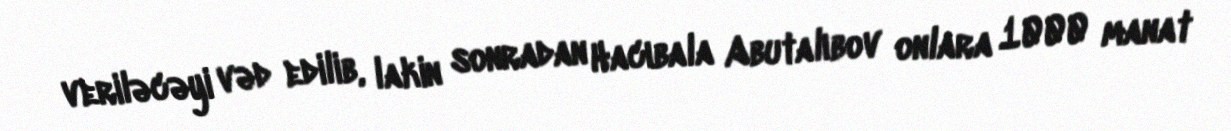
veriləcəyi vəd edilib, lakin sonradan Hacıbala Abutalıbov onlara 1000 manat